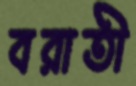
বরাতী